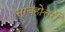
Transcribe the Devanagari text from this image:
सूरबहोत्तरी